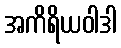
အကိရိယဝါဒါ